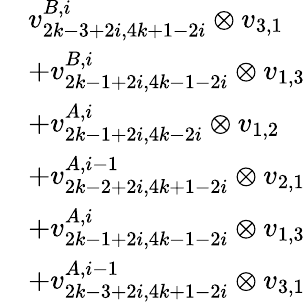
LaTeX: \begin{array}{rl}&{v_{2k-3+2i,4k+1-2i}^{B,i}\otimes v_{3,1}}\\ &{+v_{2k-1+2i,4k-1-2i}^{B,i}\otimes v_{1,3}}\\ &{+v_{2k-1+2i,4k-2i}^{A,i}\otimes v_{1,2}}\\ &{+v_{2k-2+2i,4k+1-2i}^{A,i-1}\otimes v_{2,1}}\\ &{+v_{2k-1+2i,4k-1-2i}^{A,i}\otimes v_{1,3}}\\ &{+v_{2k-3+2i,4k+1-2i}^{A,i-1}\otimes v_{3,1}}\end{array}